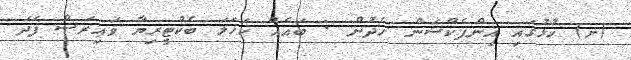
(ށ) ހުޅުގައި އިންފެކްޝަން ހެދުން : ބައެއް ކަހަލަ ބެކްޓީރިޔާ ވައިރަސް ފަދަ